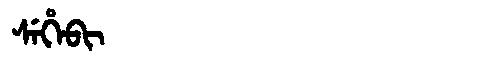
Manchu: ᠰᡝᡥᡝᠪᡳ
Romanization: SEHEBI